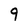
Character: 9